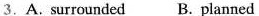
3.A.surrounded B. planned